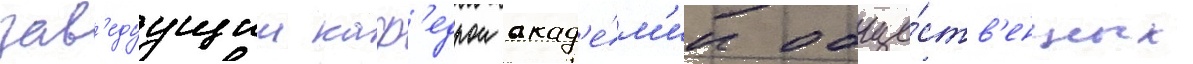
зав'едуущии каф'едрои акад'е́м'ии обще́ств'енных